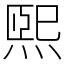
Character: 煕